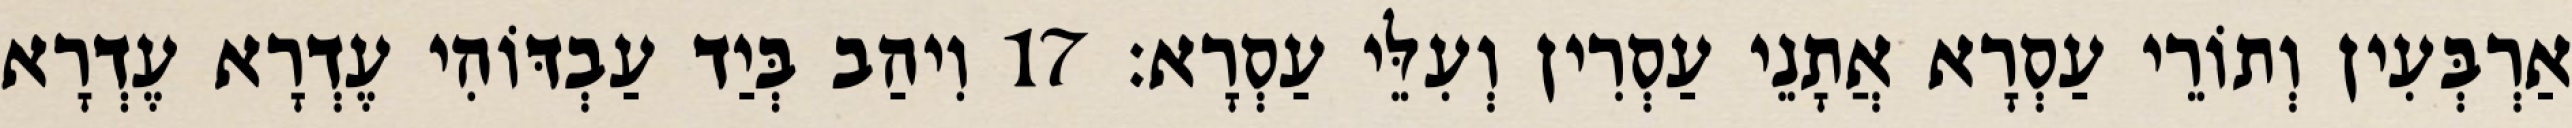
אַרְבְּעִין וְתוֹרֵי עַסְרָא אֲתָנֵי עַסְרִין וְעִלֵּי עַסְרָא׃ 17 וִיהַב בְּיַד עַבְדּוֹהִי עֶדְרָא עֶדְרָא